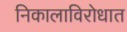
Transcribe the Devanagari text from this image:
निकालाविरोधात